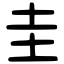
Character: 圭